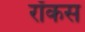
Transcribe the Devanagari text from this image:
रॉकस